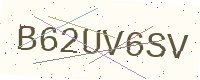
Text: B62UV6SV